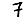
Digit: 7